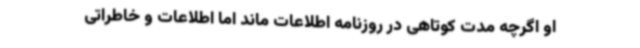
او اگرچه مدت کوتاهی در روزنامه اطلاعات ماند اما اطلاعات و خاطراتی